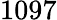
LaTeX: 1097